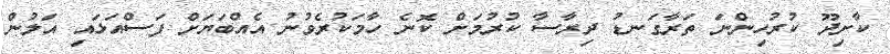
ކާށިދޫ ކުރުހިންނަ ތަރާގަނޑު ދިރާސާ ކުރުމަށް ކޮނެ ހާމަކުރެވުނު އެއްބަޔަށް ފަސްއަޅައި އަލުން